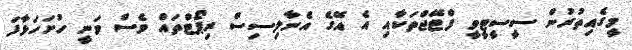
މީގެއިތުރުން ސީސީޓީވީ ފްޓޭޖްތަކާއި އެ އޭގެ އެނާލިސިސް ރިޕޯޓްތައް ވެސް ވަނީ ހުށަހަޅާފަ